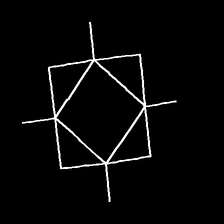
Glyph: light